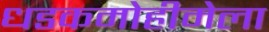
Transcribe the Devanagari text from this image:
धडकमोहीमेला